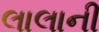
લાલાની